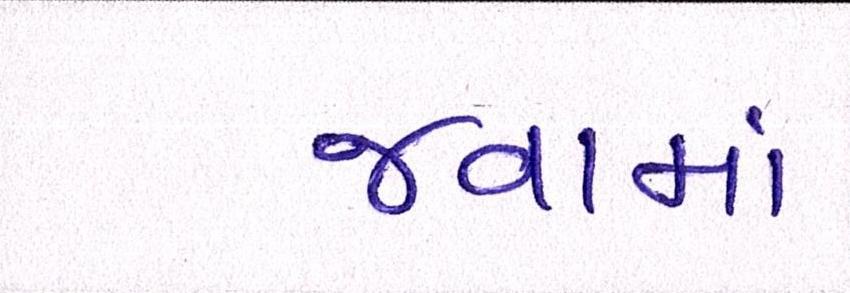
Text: જવામાં